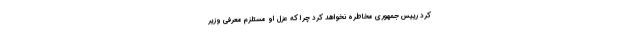
کرد رییس جمهوری مخاطره نخواهد کرد چرا که عزل او مستلزم معرفی وزیر